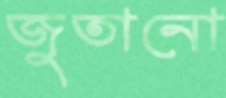
জুতানো